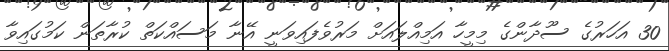
30 އަހަރުގެ ސޫދާންގެ މިމީހާ އަމިއްލައަށް މަރުވެފައިވަނީ އޭނާ މަސައްކަތް ކުރާތަން ކަމުގައިވާ